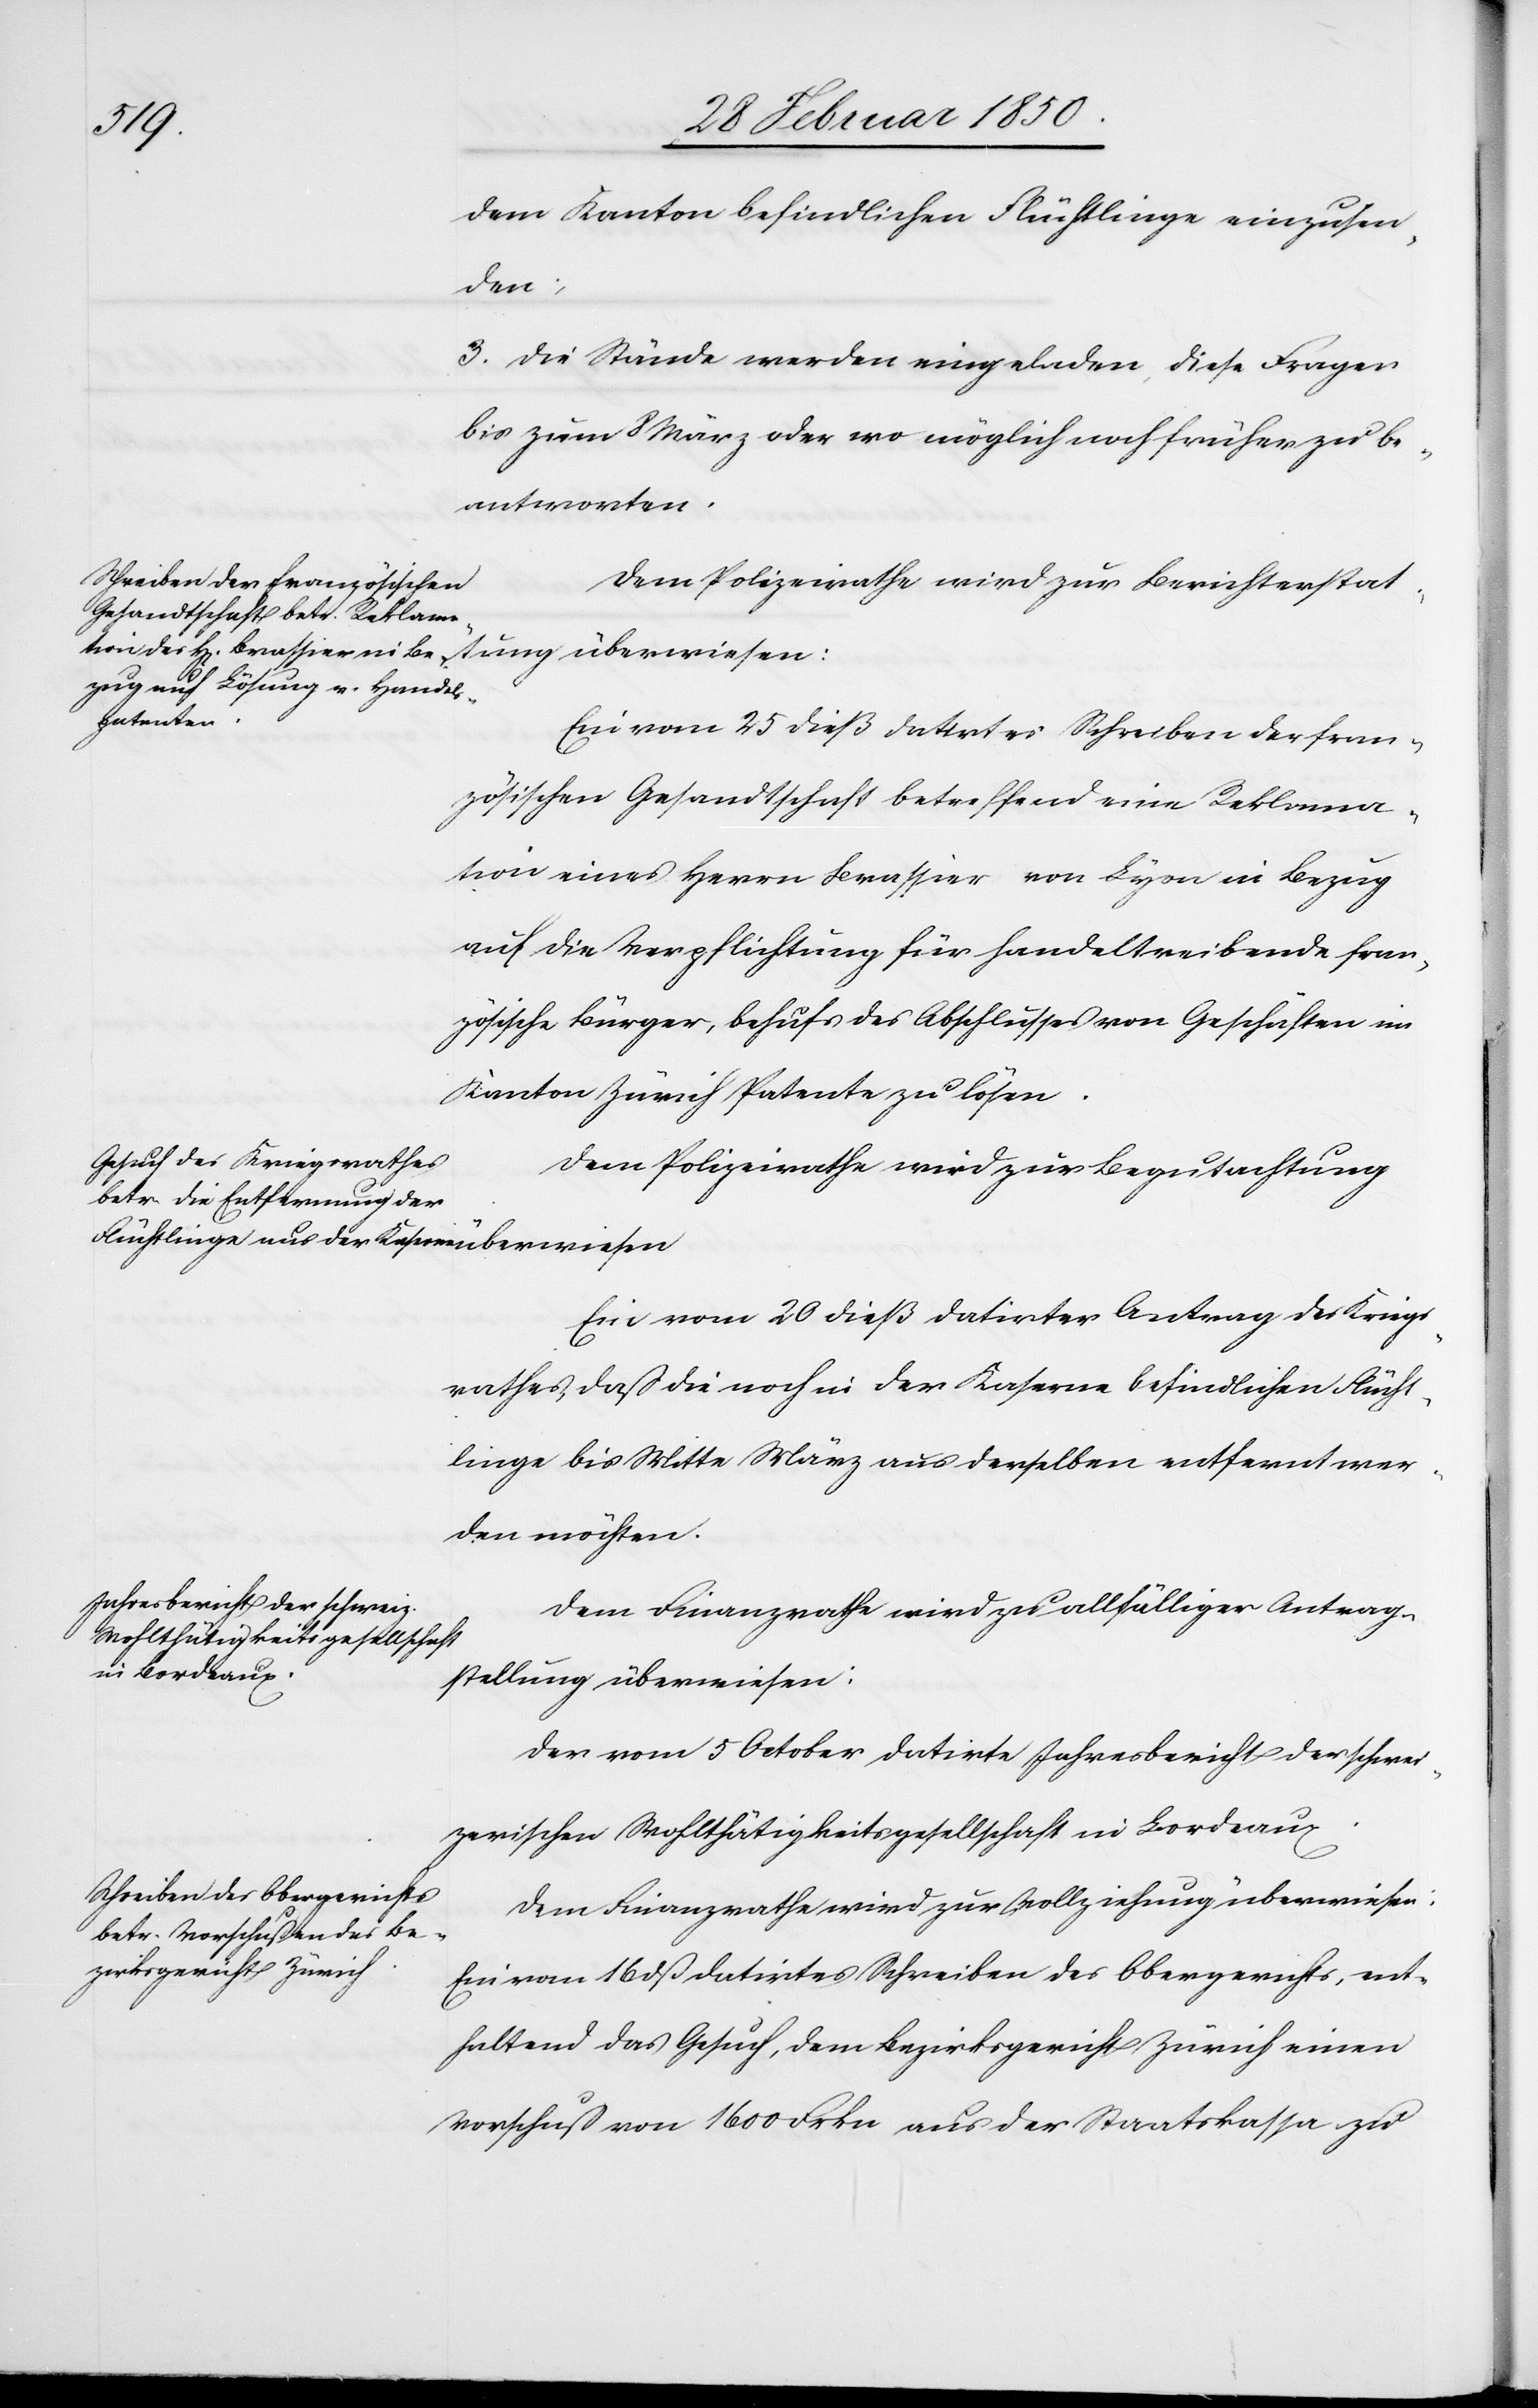
dem Kanton befindlichen Flüchtlinge einzusen¬
den;
3. Die Stände werden eingeladen, diese Fragen
bis zum 8 März oder wo möglich noch früher zu be¬
antworten.
Dem Polizeirathe wird zur Berichterstat¬
Ein vom 25 dieß datirtes Schreiben der fran¬
zösischen Gesandtschaft betreffend eine Reklama¬
tion eines Herrn Brassier von Lyon in Bezug
auf die Verpflichtung für handeltreibende fran¬
zösische Bürger, behufs des Abschlusses von Geschäften im
Kanton Zürich Patente zu lösen.
Dem Polizeirathe wird zur Begutachtung
Ein vom 20 dieß datirter Antrag des Kriegs¬
rathes, daß die noch in der Kaserne befindlichen Flücht¬
linge bis Mitte März aus derselben entfernt wer¬
den möchten.
Dem Finanzrathe wird zu allfälliger Antrag¬
stellung überwiesen:
Der vom 5 October datirte Jahresbericht der schwei¬
zerischen Wohlthätigkeitsgesellschaft in Bordeaux.
Dem Finanzrathe wird zur Vollziehung überwiesen:
Ein vom 16 dß datirtes Schreiben des Obergerichts, ent¬
haltend das Gesuch, dem Bezirksgericht Zürich einen
Vorschuß von 1600 Frkn aus der Staatskassa zu